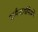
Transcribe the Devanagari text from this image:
कर्मचार्यांपैकी